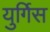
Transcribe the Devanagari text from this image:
युर्गिस